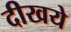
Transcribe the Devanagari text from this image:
दीखये